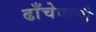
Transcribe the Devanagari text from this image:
ढाँचेवाली